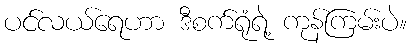
ပင်လယ်ရေဟာ ဒီစက်ရုံရဲ့ ကုန်ကြမ်းပဲ။